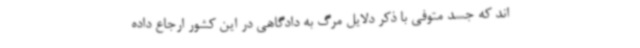
اند که جسد متوفی با ذکر دلایل مرگ به دادگاهی در این کشور ارجاع داده